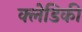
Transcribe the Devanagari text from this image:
क्लेडिकी